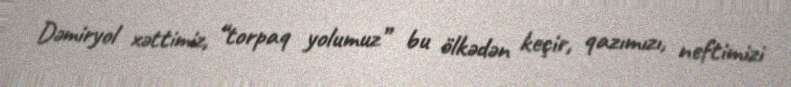
Dəmiryol xəttimiz, “torpaq yolumuz” bu ölkədən keçir, qazımızı, neftimizi